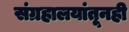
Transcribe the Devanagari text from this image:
संग्रहालयांतूनही